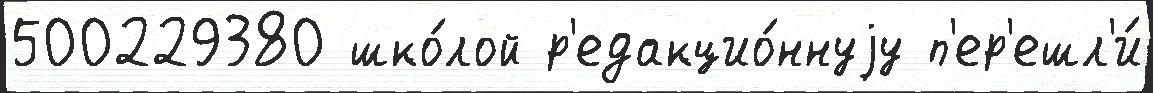
500229380 шко́лой р'едакцио́ннуjу п'ер'ешл'и́